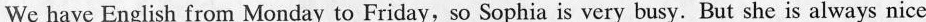
We have English from Monday to Friday,so Sophia is very busy. But she is always nice